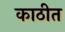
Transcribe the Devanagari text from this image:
काठीत